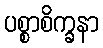
ပစ္စာစိက္ခနာ